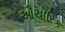
ઔચારિક